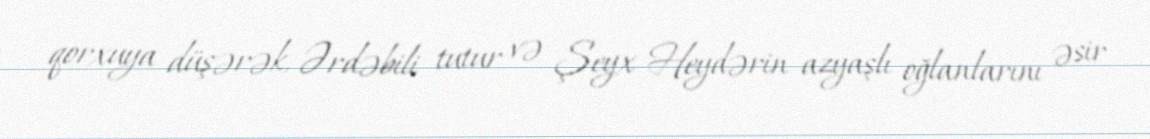
qorxuya düşərək, Ərdəbili tutur və Şeyx Heydərin azyaşlı oğlanlarını əsir